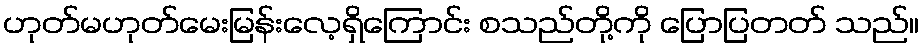
ဟုတ်မဟုတ်မေးမြန်းလေ့ရှိကြောင်း စသည်တို့ကို ပြောပြတတ် သည်။